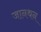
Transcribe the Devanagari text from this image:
जानथन